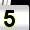
Digit: 5